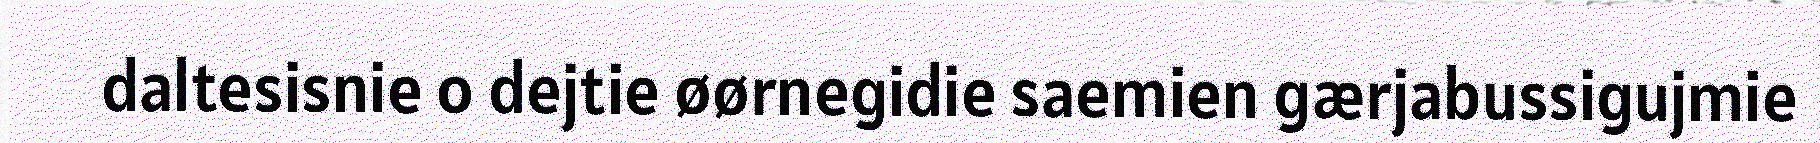
daltesisnie o dejtie øørnegidie saemien gærjabussigujmie